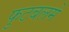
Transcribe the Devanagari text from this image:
फुटबलमे